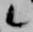
候